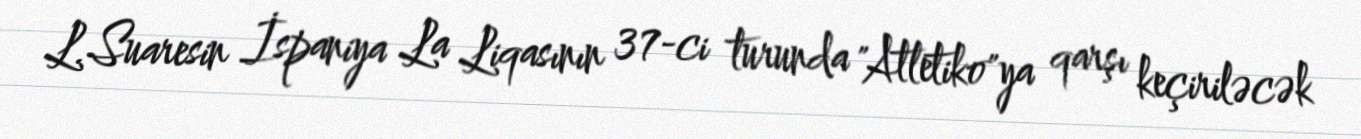
L.Suaresin İspaniya La Liqasının 37-ci turunda "Atletiko"ya qarşı keçiriləcək